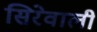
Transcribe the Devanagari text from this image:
सिरेवाली